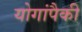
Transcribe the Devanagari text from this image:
योगांपैकी